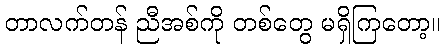
တာလက်တန် ညီအစ်ကို တစ်တွေ မရှိကြတော့။